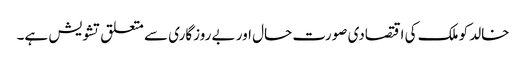
خالد کو ملک کی اقتصادی صورت حال اور بے روزگاری سے متعلق تشویش ہے۔